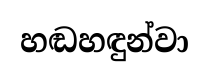
හඬහඳුන්වා